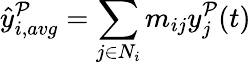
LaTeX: \hat{y}_{i,avg}^{\mathcal{P}}=\sum_{j\in N_{i}}m_{ij}y_{j}^{\mathcal{P}}(t)